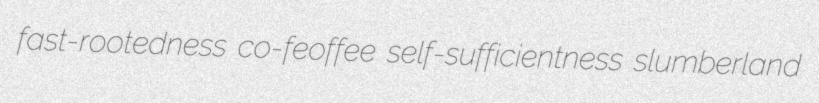
fast-rootedness co-feoffee self-sufficientness slumberland